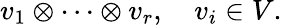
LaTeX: v_{1}\otimes\cdots\otimes v_{r},\quad v_{i}\in V.